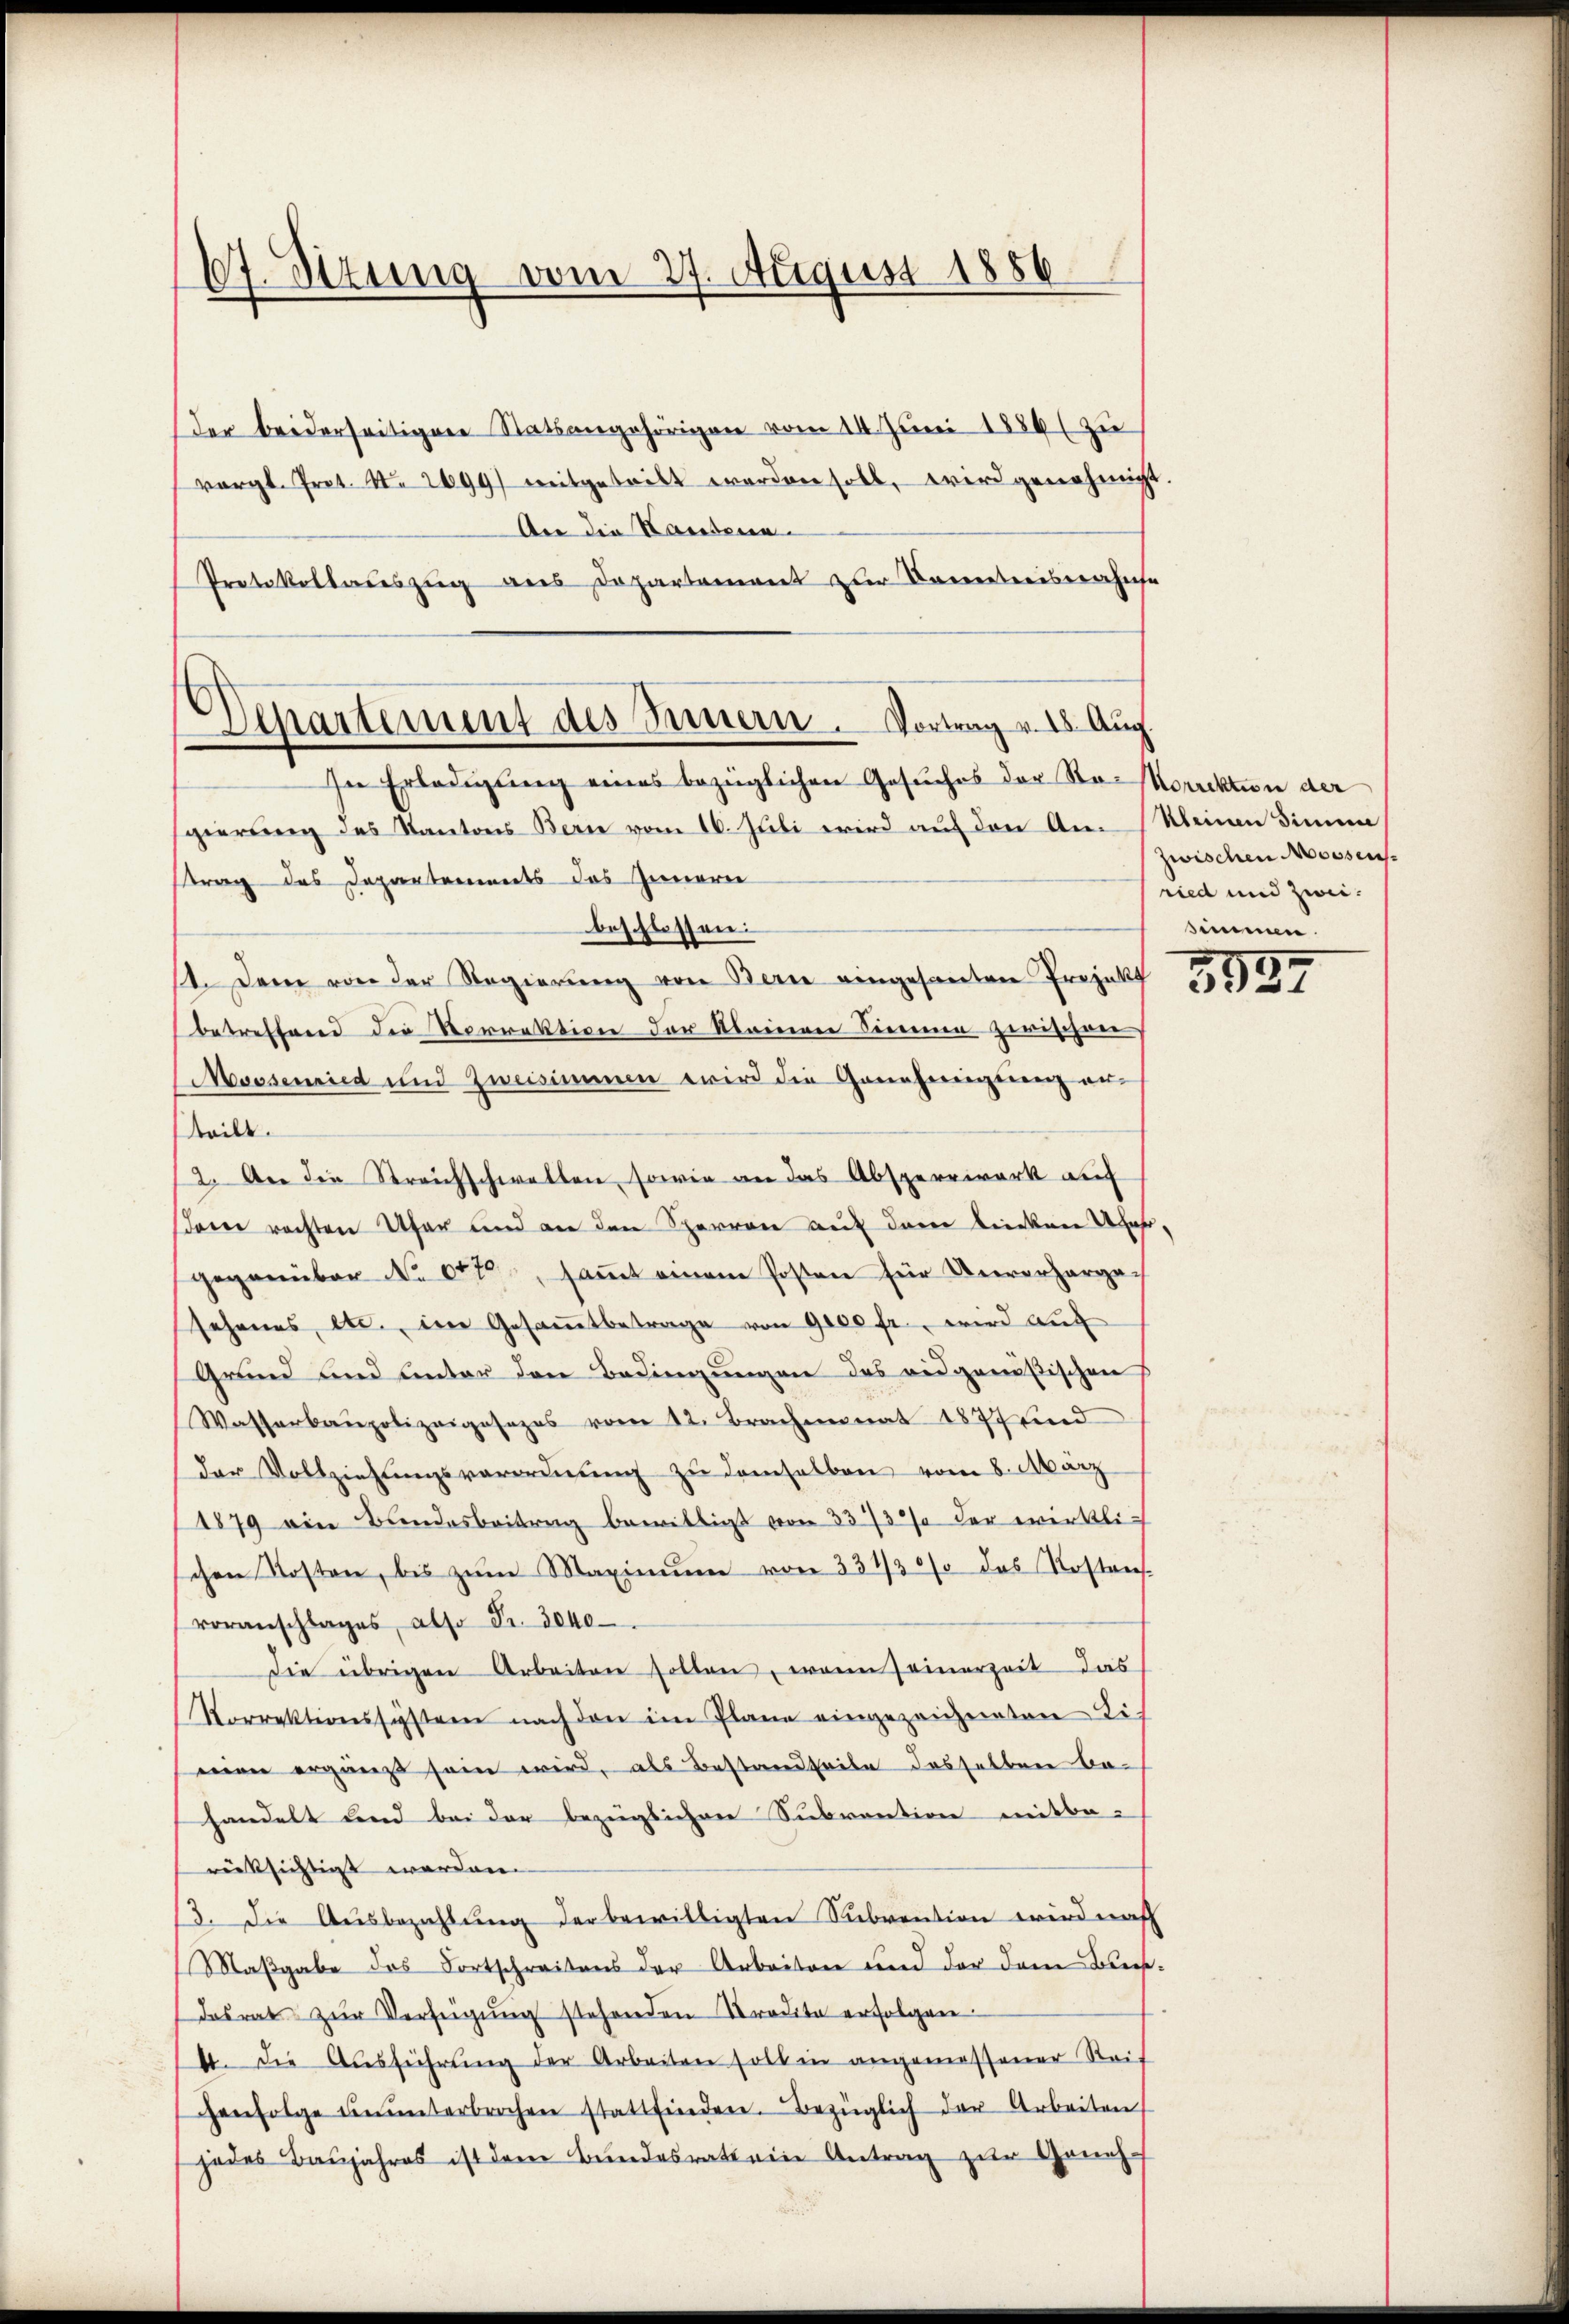
I
67. Stung vom 27. August 1886

gierung des Kantons Bern vom 16. Juli wird auf den An Meinen Sinnen
trag des Departements das Innern
beschlossen:
1. Dem von der Regierung von Bern eingesanten Projekt
betreffend die Vorrektion der kleinen Sinnen zwischen
Mossenried und Zweisimmen wird die Genehmigung an.
teilt.
2. An die Streichschwellen, sowie an das Absperrwerk auf
dem rechten Ufer und an den Sperren auf dem liecken fahr,
gegenüber No 647, samt einem Posten für Unverhergesehenes, etc. im Gesamtbetrage von 9000 fr., wird auf
Grund und unter den Bedingungen des vidgenößischen
Wasserbaupolizeigesezes vom 12. Brachmonat 1877 und
der Vollziehungsverordnung zu demselben vom 8. März
1879 ein Bundesbeitrag bewilligt von 3373% der wirklischen Kosten, bis zŭm Maximŭm von 331/30% das Kostens-
voranschlages, also Fr. 3040
Die übrigen Arbeiten sollen, wenn seinerzeit das
Vorrektionssystern nach den im Plane eingezeichneten Lich
mien ergänzt sein wird, als Bestandteile dasselben be-
handelt und bei der bezüglichen Subvention mitbe-
rücksichtigt werden.
13. Die Ausbezahlung der bewilligten Subvention wird nach
Maßgabe des Fortschreitens der Arbeiten und der dem Bresdasrat zŭr Verfügŭng stehenden Tradita erfolgen.
4. Die Aŭsführŭng der Arbeiten soll in angemessener Reif
chenfolge ŭnŭnterbrochen stattfinden. Bezüglich der Arbeiten
jedes Baŭjahres ist dem Bundesrath ein Antrag zur Geneh¬

Departement des Innern. Vortrag v. 18. Aug.
In Erledigung eines bezüglichen Gesuches der Sta-Korrektion der

Der beiderseitigen Statsangehörigen vom 14. Juni 1886 (zu
vergl. Prot. N. 2699) mitgeteilt worden soll, wird genehmigt.
An die Handern
Protokollauszug aus Departement zur Kenntnisnahme

zwischen Mossens.
ried und zwei
simmen.

3534